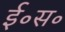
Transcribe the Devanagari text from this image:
ई॰स॰